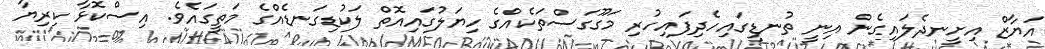
އަޔާޒް އިށީނދެލައިގެން އިނީ ތުނޑީގައިހެދިފައިހުރި މަގޫގަސްތަކެއްގެ ހިޔަލުގައިއޮތް ލަކުޑިގަނޑެއްގެ މަތީގައެވެ. އިސްކޮޅާ ކިރިޔާ